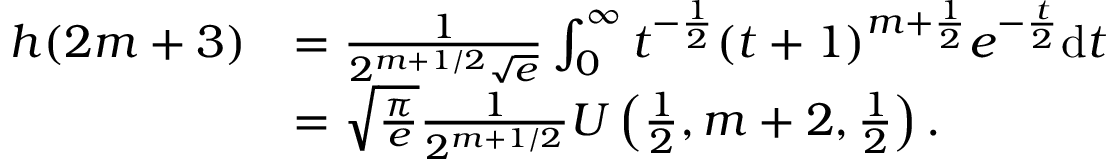
\begin{array} { r l } { h ( 2 m + 3 ) } & { = \frac { 1 } { 2 ^ { m + 1 / 2 } \sqrt { e } } \int _ { 0 } ^ { \infty } t ^ { - \frac { 1 } { 2 } } ( t + 1 ) ^ { m + \frac { 1 } { 2 } } e ^ { - \frac { t } { 2 } } \mathrm { d } t } \\ & { = \sqrt { \frac { \pi } { e } } \frac { 1 } { 2 ^ { m + 1 / 2 } } U \left( \frac { 1 } { 2 } , m + 2 , \frac { 1 } { 2 } \right) . } \end{array}